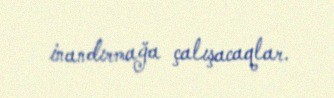
inandırmağa çalışacaqlar.